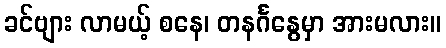
ခင်ဗျား လာမယ့် စနေ၊ တနင်္ဂနွေမှာ အားမလား။